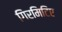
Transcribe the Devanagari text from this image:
गिरमिटिए